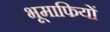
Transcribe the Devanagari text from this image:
भूमाफियों